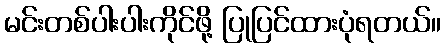
မင်းတစ်ပါးပါးကိုင်ဖို့ ပြုပြင်ထားပုံရတယ်။